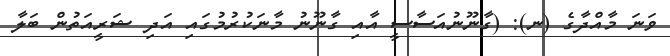
ވަނަ މާއްދާގެ (ނ): (ގާނޫނުއަސާސީ އާއި ގާނޫނު މާނަކުރުމުގައި އަދި ޝަރީއަތުން ބަލާ